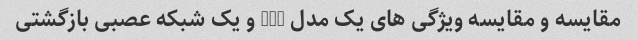
مقایسه و مقایسه ویژگی های یک مدل GPT و یک شبکه عصبی بازگشتی